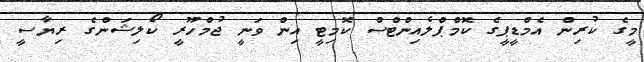
މީގެ ކުރިން އެމްޑީޕީގެ ކޮމްޕްލެއިންޓްސް ކޮމިޓީ އިން ވަނީ ޖުމްހޫރީ ކޯލިޝަންގެ ރިޔާސީ